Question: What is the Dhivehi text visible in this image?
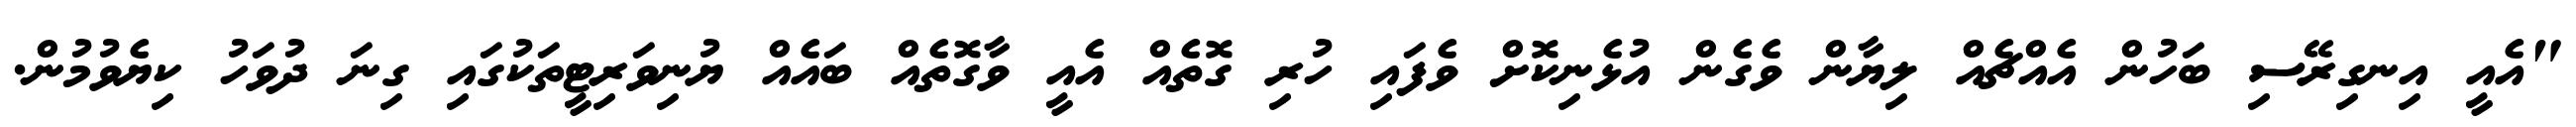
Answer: "އެއީ އިނގިރޭސި ބަހުން އެއްޗެއް ލިޔާން ވެގެން އުޅެނިކޮށް ވެފައި ހުރި ގޮތެއް އެއީ ވާގޮތެއް ބައެއް ޔުނިވަރިޓީތަކުގައި ގިނަ ދުވަހު ކިޔެވުމުން.